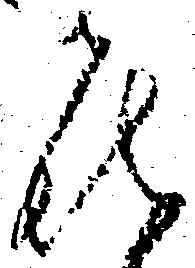
喜